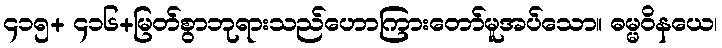
၄၁၅+ ၄၁၆+မြတ်စွာဘုရားသည်ဟောကြားတော်မူအပ်သော။ ဓမ္မဝိနယေ၊